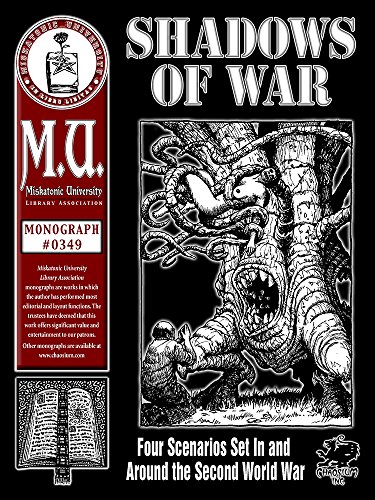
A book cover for Shadows of War: Battle the Mythos Against the Horror of War (M.U. Library Assn. monograph, Call of Cthulhu #0349); Rick Payne; Science Fiction & Fantasy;